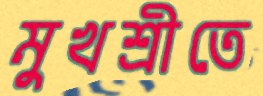
মুখশ্রীতে